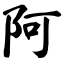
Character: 阿